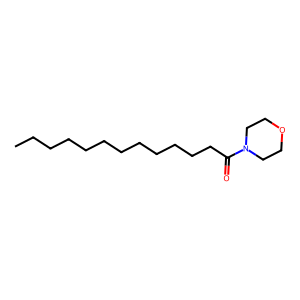
SMILES: CCCCCCCCCCCCC(=O)N1CCOCC1
Inhibits HIV replication: No